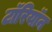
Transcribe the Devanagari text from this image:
टॉरियॉन